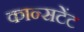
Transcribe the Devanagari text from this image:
कान्सटेंट